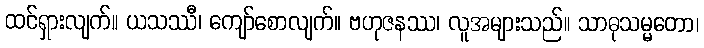
ထင်ရှားလျက်။ ယသဿီ၊ ကျော်စောလျက်။ ဗဟုဇနဿ၊ လူအများသည်။ သာဓုသမ္မတော၊